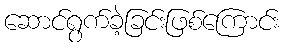
ဆောင်ရွက်ခဲ့ခြင်းဖြစ်ကြောင်း